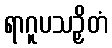
ရာဂူပသဉှိတံ